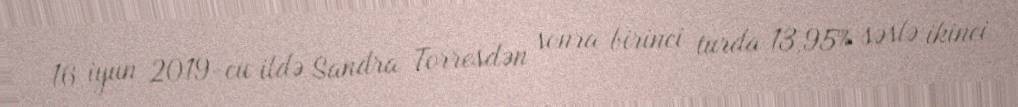
16 iyun 2019-cu ildə Sandra Torresdən sonra birinci turda 13,95% səslə ikinci